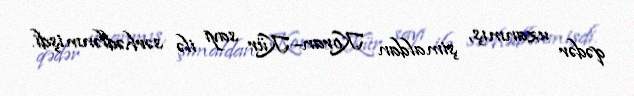
qədər uzanmış, şimaldan Koran–Kür sayı ilə sərhədlənmişdi.